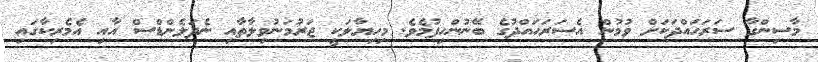
މާސިންގާ ސަރަހައްދަކަށް ވުމުން އެސަރަހައްދުގެ ބޭނުންހިފުމެވެ. މިހިޔާލަކީ ޖަރުމަނުވިލާތާއި ނެދަލެންޑްސް އާއި އެމެރިކާގައި